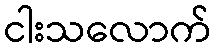
ငါးသလောက်